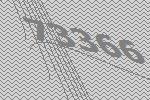
73366